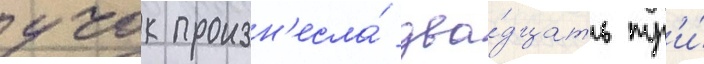
учок произн'есла́ два́дцать тр'и́